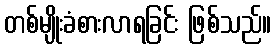
တစ်မျိုးခံစားလာရခြင်း ဖြစ်သည်။